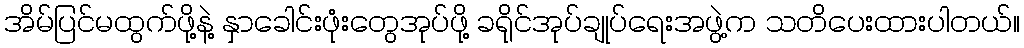
အိမ်ပြင်မထွက်ဖို့နဲ့ နှာခေါင်းဖုံးတွေအုပ်ဖို့ ခရိုင်အုပ်ချုပ်ရေးအဖွဲ့က သတိပေးထားပါတယ်။